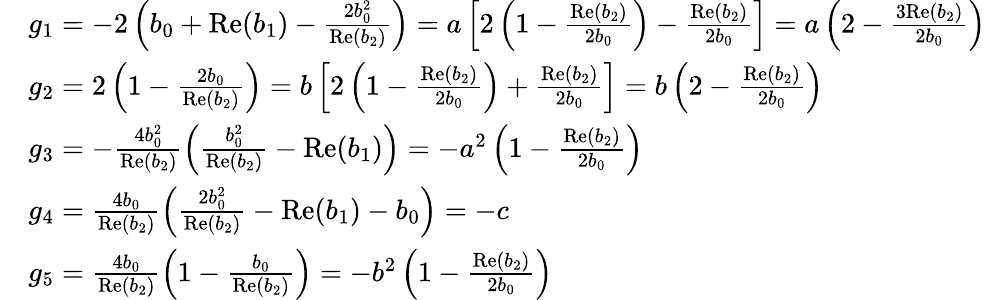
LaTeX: \begin{array}{rl}&{g_{1}=-2\left(b_{0}+\mathrm{Re}(b_{1})-\frac{2b_{0}^{2}}{\mathrm{Re}(b_{2})}\right)=a\left[2\left(1-\frac{\mathrm{Re}(b_{2})}{2b_{0}}\right)-\frac{\mathrm{Re}(b_{2})}{2b_{0}}\right]=a\left(2-\frac{3\mathrm{Re}(b_{2})}{2b_{0}}\right)}\\ &{g_{2}=2\left(1-\frac{2b_{0}}{\mathrm{Re}(b_{2})}\right)=b\left[2\left(1-\frac{\mathrm{Re}(b_{2})}{2b_{0}}\right)+\frac{\mathrm{Re}(b_{2})}{2b_{0}}\right]=b\left(2-\frac{\mathrm{Re}(b_{2})}{2b_{0}}\right)}\\ &{g_{3}=-\frac{4b_{0}^{2}}{\mathrm{Re}(b_{2})}\left(\frac{b_{0}^{2}}{\mathrm{Re}(b_{2})}-\mathrm{Re}(b_{1})\right)=-a^{2}\left(1-\frac{\mathrm{Re}(b_{2})}{2b_{0}}\right)}\\ &{g_{4}=\frac{4b_{0}}{\mathrm{Re}(b_{2})}\left(\frac{2b_{0}^{2}}{\mathrm{Re}(b_{2})}-\mathrm{Re}(b_{1})-b_{0}\right)=-c}\\ &{g_{5}=\frac{4b_{0}}{\mathrm{Re}(b_{2})}\left(1-\frac{b_{0}}{\mathrm{Re}(b_{2})}\right)=-b^{2}\left(1-\frac{\mathrm{Re}(b_{2})}{2b_{0}}\right)}\end{array}